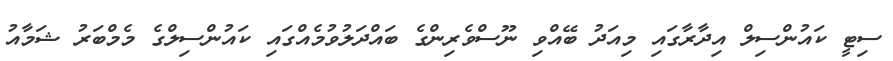
ސިޓީ ކައުންސިލް އިދާރާގައި މިއަދު ބޭއްވި ނޫސްވެރިންގެ ބައްދަލުވުމެއްގައި ކައުންސިލްގެ މެމްބަރު ޝަމާއު